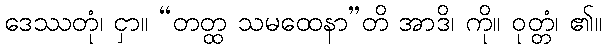
ဒေဿတုံ၊ ငှာ။ “တတ္ထ သမထေနာ”တိ အာဒိ၊ ကို။ ဝုတ္တံ၊ ၏။